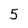
Character: 5